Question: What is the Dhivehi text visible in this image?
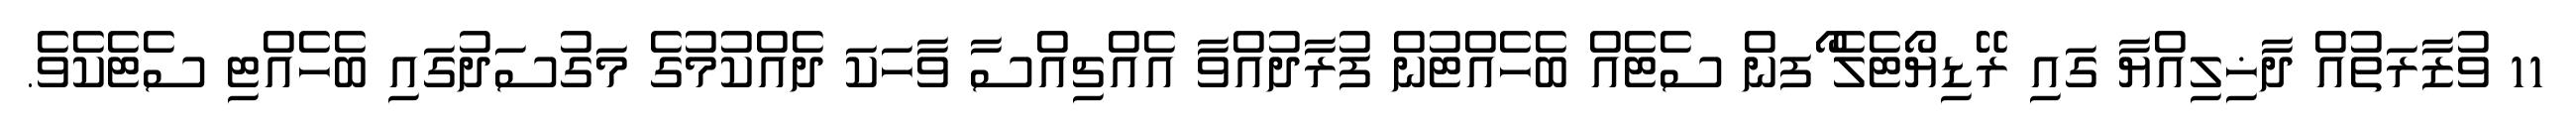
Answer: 11 ވުޒާރަތުއް ދާޚިލިއްޔާ ގައި ރޭޑިޔޯޓެލެ ޯފން ސެޓެއް ބެހެއްޓުން ފުރާދުއްވާ އެއްޗިއްސާ ވާހަކަ ދެއްކުމުގެ މަގުސަދުގައި ބެހެއްޓި ސެޓެކެވެ.